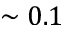
\sim 0 . 1